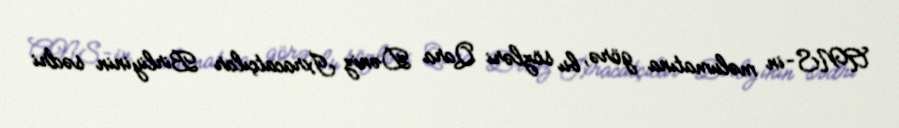
ANS-in məlumatına görə, bu sözləri Qara Dəniz İxracatçılar Birliyinin sədri